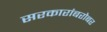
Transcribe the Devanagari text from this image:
सरकारांबरोबर